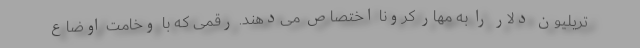
تریلیون دلار را به مهار کرونا اختصاص می‌دهند. رقمی که با وخامت اوضاع